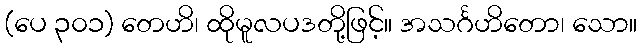
(ပေ ၃၀၁) တေဟိ၊ ထိုမူလပဒတို့ဖြင့်။ အသင်္ဂဟိတော၊ သော။